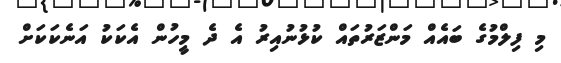
މި ފިލްމުގެ ބައެއް މަންޒަރުތައް ކުޅުނުއިރު އެ ދެ މީހުން އެކަކު އަނެކަކަށް